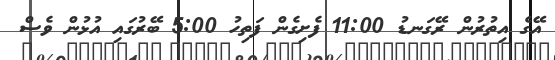
އޭގެ އިތުރުން ރޭގަނޑު 11:00 ފެށިގެން ފަތިހު 5:00 ބޭރުގައި އުޅުން ވެސް